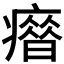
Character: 𰤄